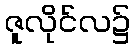
ဇူလိုင်လ၌